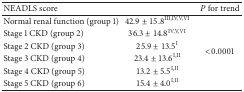
<table><thead><tr><td><b>NEADLS score</b></td><td><b> </b></td><td><b><i>P</i> for trend</b></td></tr></thead><tbody><tr><td>Normal renal function (group 1)</td><td>42.9 ± 15.8<sup>III,IV,V,VI</sup></td><td rowspan="6">&lt;0.0001</td></tr><tr><td>Stage 1 CKD (group 2)</td><td>36.3 ± 14.8<sup>IV,V,VI</sup></td></tr><tr><td>Stage 2 CKD (group 3)</td><td>25.9 ± 13.5<sup>I</sup></td></tr><tr><td>Stage 3 CKD (group 4)</td><td>23.4 ± 13.6<sup>I,II</sup></td></tr><tr><td>Stage 4 CKD (group 5)</td><td>13.2 ± 5.5<sup>I,II</sup></td></tr><tr><td>Stage 5 CKD (group 6)</td><td>15.4 ± 4.0<sup>I,II</sup></td></tr></tbody></table>